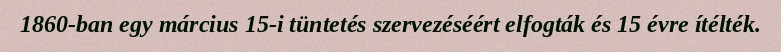
1860-ban egy március 15-i tüntetés szervezéséért elfogták és 15 évre ítélték.